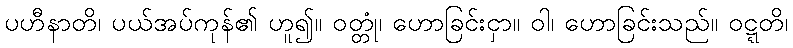
ပဟီနာတိ၊ ပယ်အပ်ကုန်၏ ဟူ၍။ ဝတ္တုံ၊ ဟောခြင်းငှာ။ ဝါ၊ ဟောခြင်းသည်။ ဝဋ္ဋတိ၊